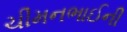
ચીમનભાઈની